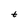
Character: t